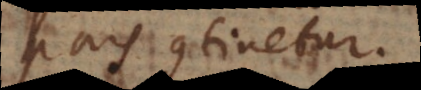
pars continetur.